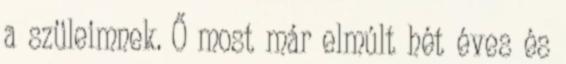
a szüleimnek. Ő most már elmúlt hét éves és